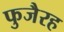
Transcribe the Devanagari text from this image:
फुजैरह